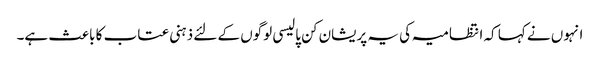
انہوں نے کہا کہ انتظامیہ کی یہ پریشان کن پالیسی لوگوں کے لئے ذہنی عتاب کا باعث ہے۔